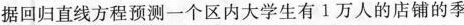
据回归直线方程预测一个区内大学生有1万人的店铺的季